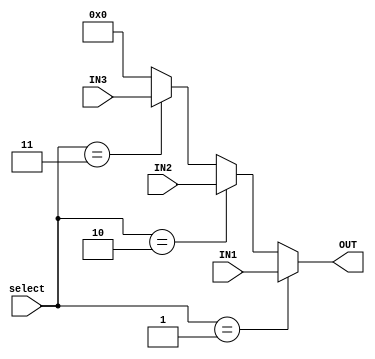
`timescale 1ns / 1ps
//////////////////////////////////////////////////////////////////////////////////
// Company: 
// 
// Design Name: 
// Module Name:    Multiplexer3 
// Project Name: 
// Target Devices: 
// Tool versions: 
// Description: 
//
// Dependencies: 
//
// Revision: 
// Revision 0.01 - File Created
// Additional Comments: 
//
//////////////////////////////////////////////////////////////////////////////////
module Multiplexer3(//MUX3 #(32)
	input [1:0] select,
	input [31:0] IN1,
	input [31:0] IN2,
	input [31:0] IN3,
	
	output [31:0] OUT
    );

	assign OUT =(select==2'b01)?IN1:
					(select==2'b10)?IN2:
					(select==2'b11)?IN3:32'b0;


endmodule